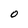
Character: O